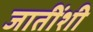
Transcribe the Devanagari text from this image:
जातींशी